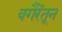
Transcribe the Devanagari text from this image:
वगैरेंतून